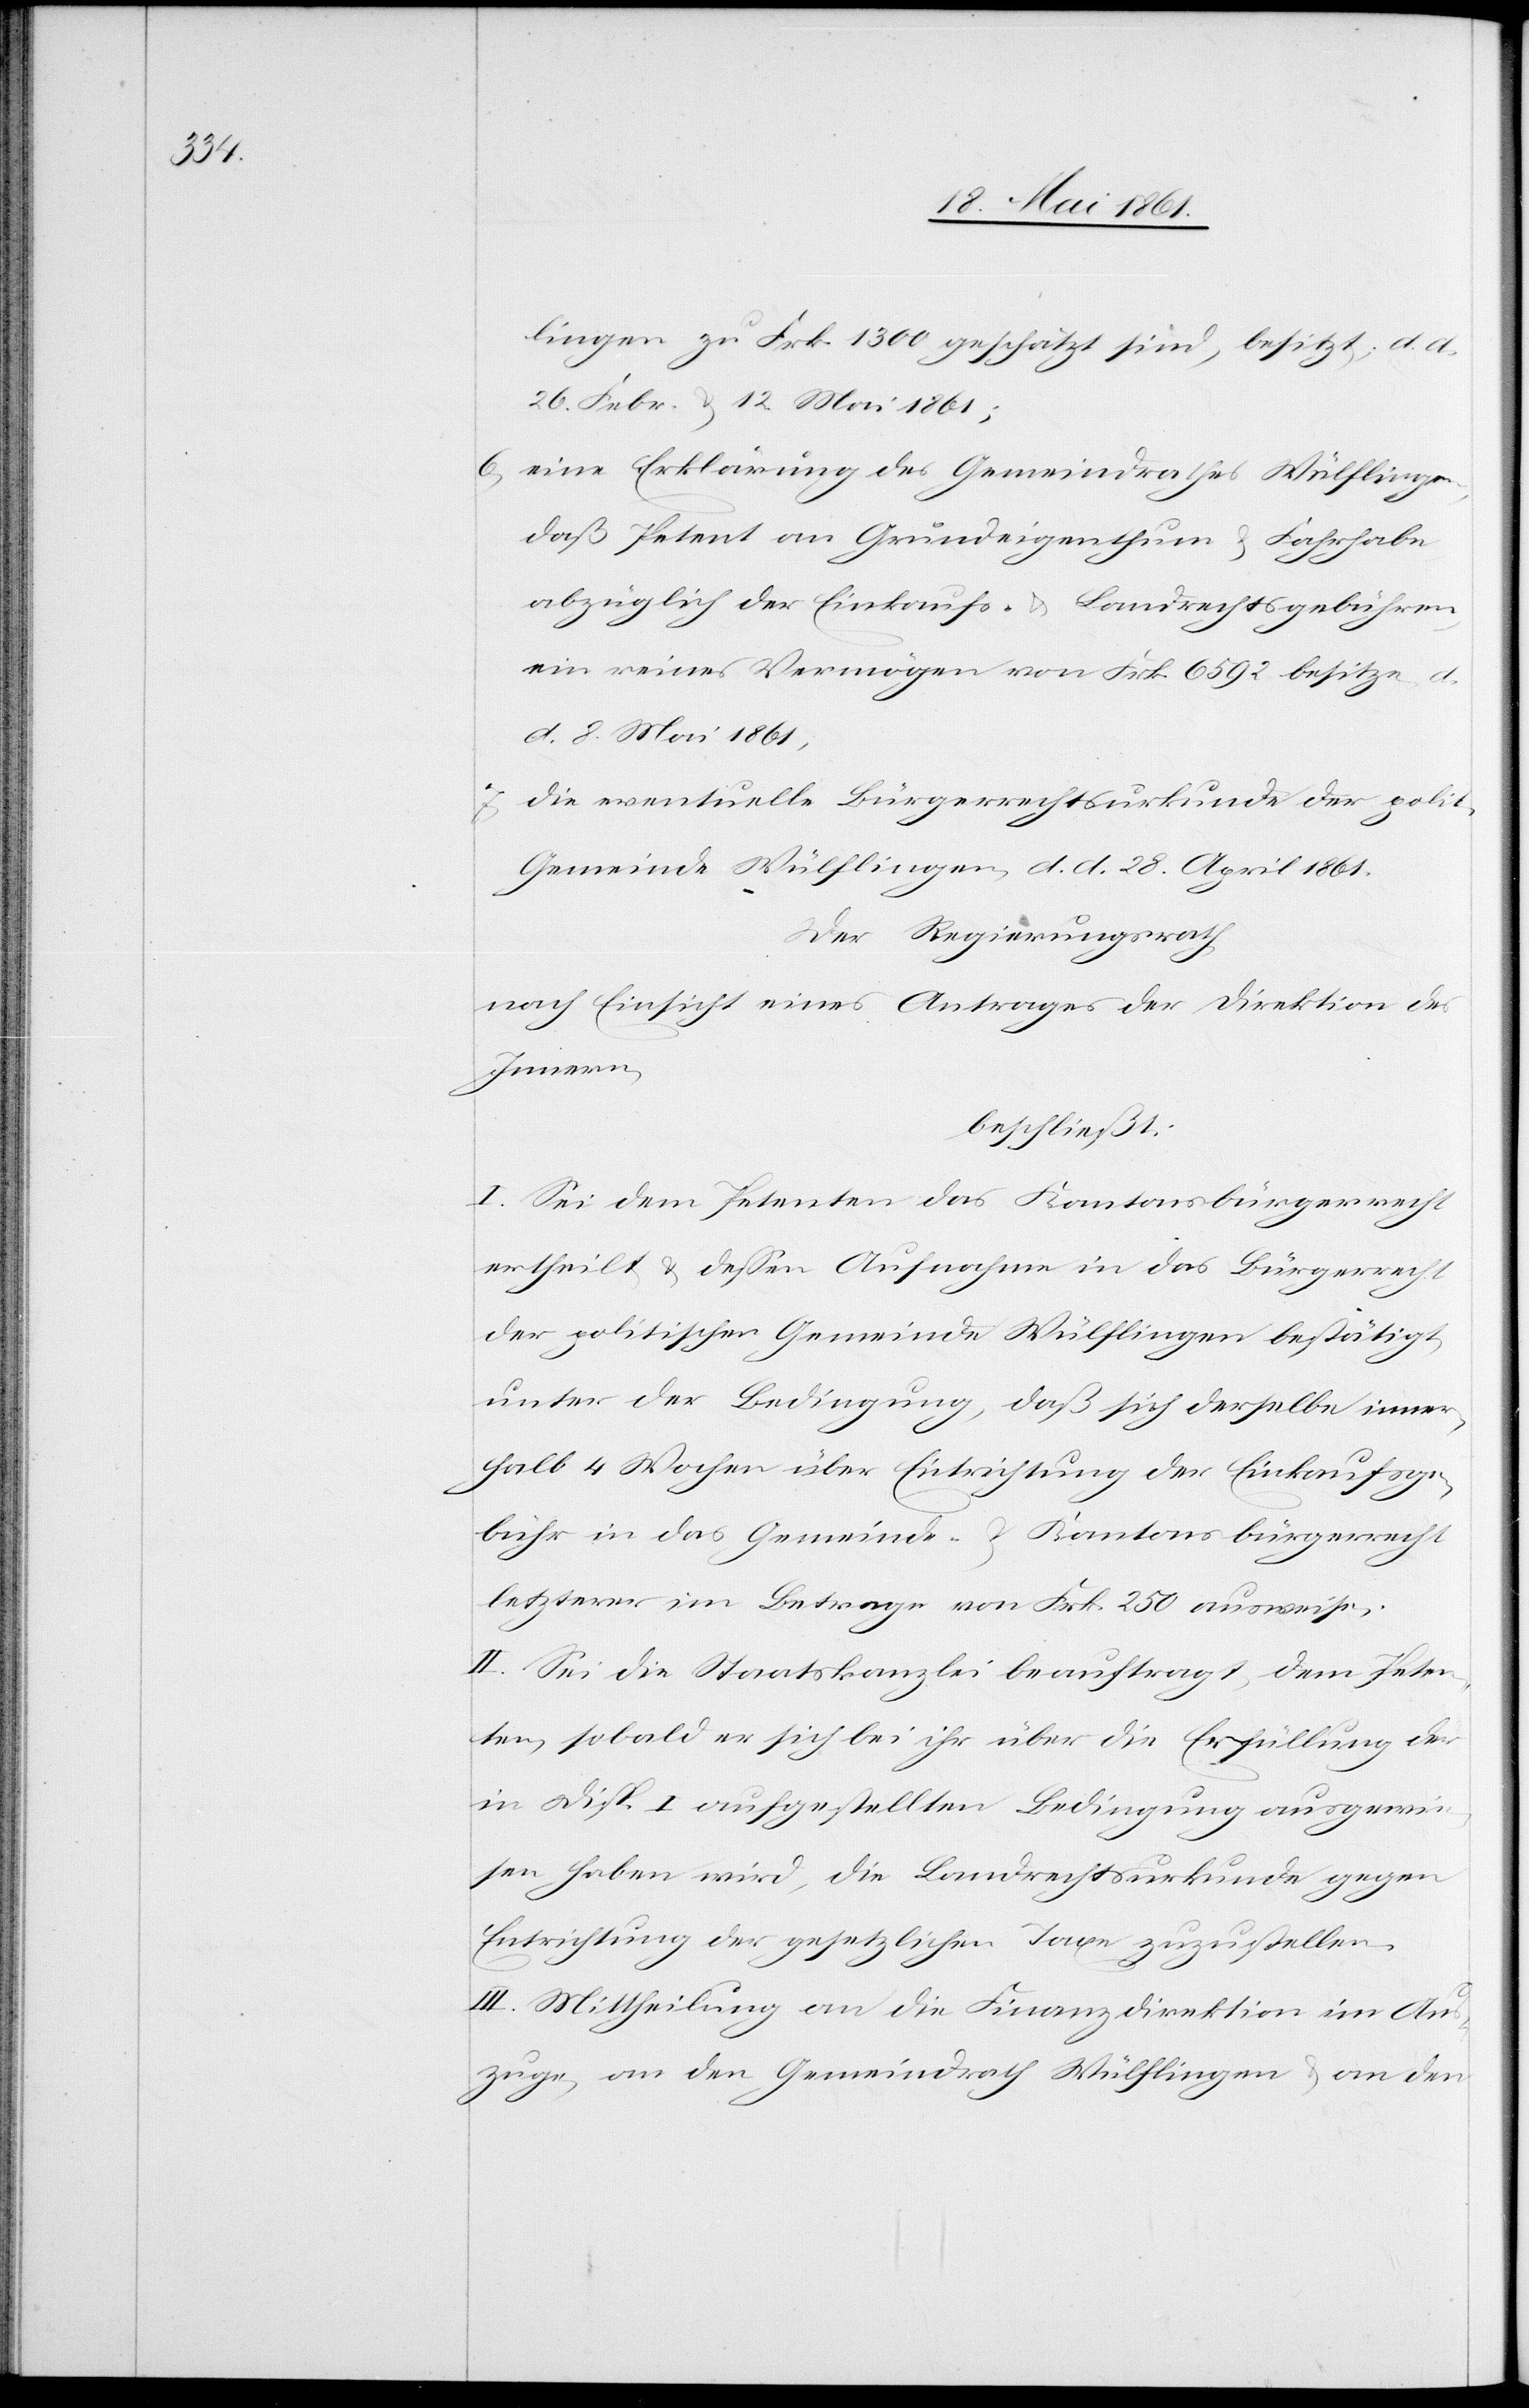
lingen zu Frk. 1300 geschätzt sind, besitzt, d. d.
26. Febr. u. 12. Mai 1861;
6) eine Erklärung des Gemeindrathes Wülflingen,
daß Petent an Grundeigenthum u. Fahrhabe
abzüglich der Einkaufs- u. Landrechtsgebühren,
ein reines Vermögen von Frk. 6592 besitze
d.
d. 8. Mai 1861;
7) die eventuelle Bürgerrechtsurkunde der polit.
Gemeinde Wülflingen, d. d. 28. April 1861.
Der Regierungsrath,
nach Einsicht eines Antrages der Direktion des
Innern,
beschließt:
I. Sei dem Petenten das Kantonsbürgerrecht
ertheilt u. dessen Aufnahme in das Bürgerrecht
der politischen Gemeinde Wülflingen bestätigt,
unter der Bedingung, daß sich derselbe inner¬
halb 4 Wochen über Entrichtung der Einkaufsge¬
bühr in das Gemeinde- u. Kantonsbürgerrecht
letzterer im Betrage von Frk. 250 ausweise.
II. Sei die Staatskanzlei beauftragt, dem Peten¬
ten, sobald er sich bei ihr über die Erfüllung der
in Disp. I. aufgestellten Bedingung ausgewie¬
sen haben wird, die Landrechtsurkunde gegen
Entrichtung der gesetzlichen Taxe zuzustellen.
III. Mittheilung an die Finanzdirektion im Aus¬
zuge, an den Gemeindrath Wülflingen u. an den